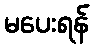
မပေးရန်